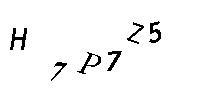
H7P7Z5